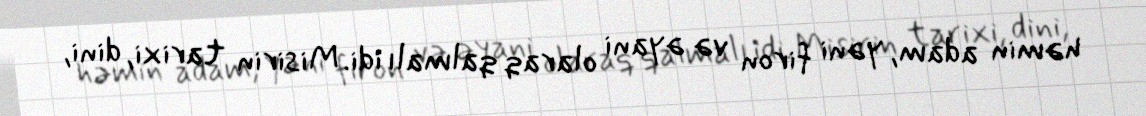
həmin adam, yəni firon və əyani olaraq qalmalı idi. Misirin tarixi, dini,